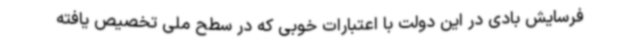
فرسایش بادی در این دولت با اعتبارات خوبی که در سطح ملی تخصیص یافته